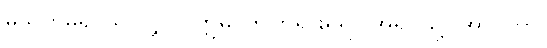
မသတ်မူ၍ သာလျှင်။ ဣဓ၊ ဤဘုရားရှိရာ အရပ်သို့။ အာဂတာ၊